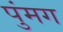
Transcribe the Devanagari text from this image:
पुंमग